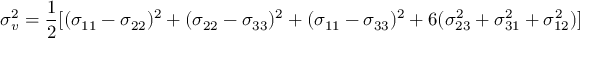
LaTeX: \sigma _ { v } ^ { 2 } = { \frac { 1 } { 2 } } [ ( \sigma _ { 1 1 } - \sigma _ { 2 2 } ) ^ { 2 } + ( \sigma _ { 2 2 } - \sigma _ { 3 3 } ) ^ { 2 } + ( \sigma _ { 1 1 } - \sigma _ { 3 3 } ) ^ { 2 } + 6 ( \sigma _ { 2 3 } ^ { 2 } + \sigma _ { 3 1 } ^ { 2 } + \sigma _ { 1 2 } ^ { 2 } ) ]